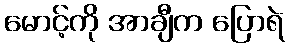
မောင့်ကို အာချီက ပြောရဲ